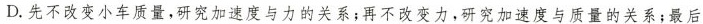
D.先不改变小车质量，研究加速度与力的关系；再不改变力，研究加速度与质量的关系；最后